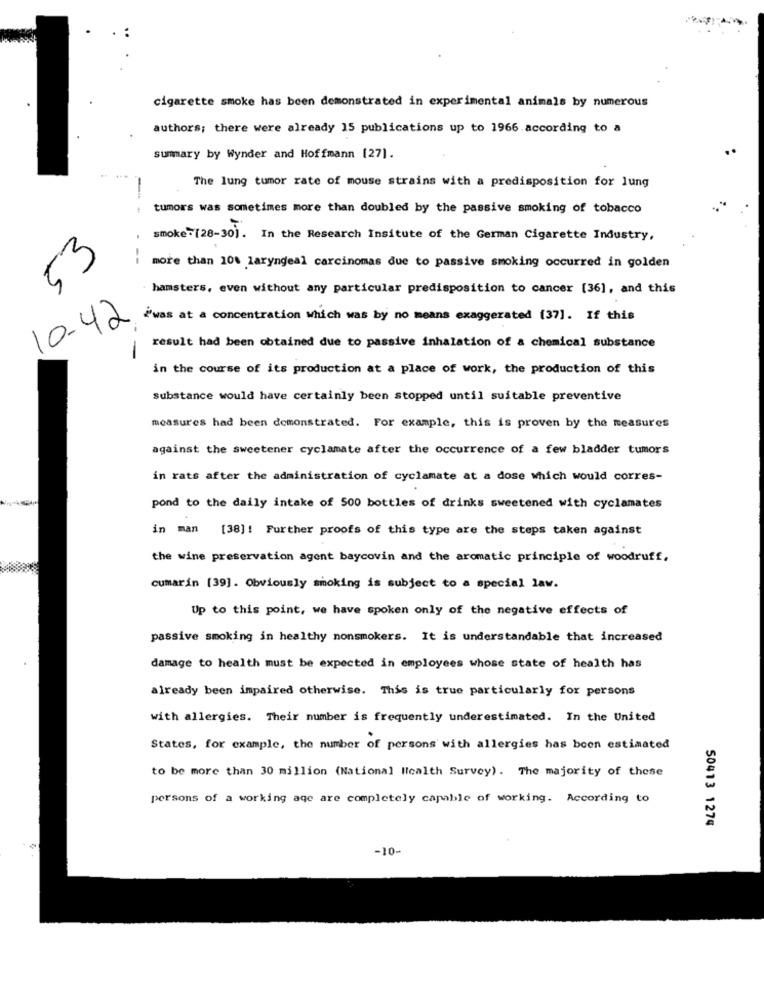
cigarette smoke has been demonstrated in experimental animals by numerous
authors; there were already 15 publications up to 1966 according to a
summary by Wynder and Hoffmann [27].
The lung tumor rate of mouse strains with a predisposition for lung
-
tumors was sometimes more than doubled by the passive smoking of tobacco
.
smoke: [28-30). In the Research Insitute of the German Cigarette Industry,
53
--
more than 10% laryngeal carcinomas due to passive smoking occurred in golden
. hamsters, even without any particular predisposition to cancer [36], and this
10.42
iwas at a concentration which was by no means exaggerated (37]. If this
result had been obtained due to passive inhalation of a chemical substance
-
in the course of its production at a place of work, the production of this
Substance would have certainly been stopped until suitable preventive
measures had been demonstrated. For example, this is proven by the measures
against the sweetener cyclamate after the occurrence of a few bladder tumors
in rats after the administration of cyclamate at a dose which would corres-
pond to the daily intake of 500 bottles of drinks sweetened with cyclamates
in man [38]! Further proofs of this type are the steps taken against
the wine preservation agent baycovin and the aromatic principle of woodruff,
cumarin [39]. Obviously smoking is subject to a special law.
Up to this point, we have spoken only of the negative effects of
passive smoking in healthy nonsmokers. It is understandable that increased
damage to health must be expected in employees whose state of health has
already been impaired otherwise. This is true particularly for persons
with allergies. Their number is frequently underestimated. In the United
States, for example, the number of persons with allergies has been estimated
to be more than 30 million (National Health Survey). The majority of these
persons of a working aqe are completely capable of working. According to
50413 1274
-10-